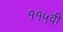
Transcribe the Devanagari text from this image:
११५वी